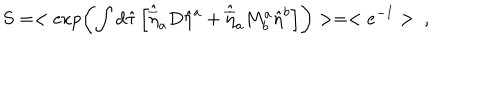
LaTeX: S = < \exp \left( \int d \hat { \tau } \left[ \hat { \overline { { { \eta } } } } _ { a } D \hat { \eta } ^ { a } + \hat { \overline { { { \eta } } } } _ { a } M _ { b } ^ { a } \hat { \eta } ^ { b } \right] \right) > = < e ^ { - I } > \ ,